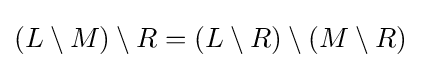
{\textstyle (L\setminus M)\setminus R=(L\setminus R)\setminus (M\setminus R)}